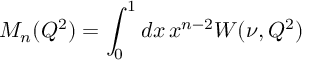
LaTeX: M _ { n } ( Q ^ { 2 } ) = \int _ { 0 } ^ { 1 } d x \, x ^ { n - 2 } W ( \nu , Q ^ { 2 } )